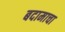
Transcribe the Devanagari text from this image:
बदामाचा